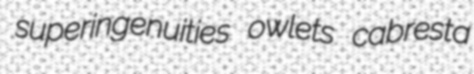
superingenuities owlets cabresta